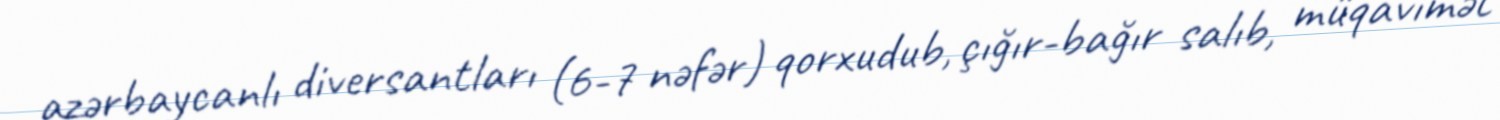
azərbaycanlı diversantları (6-7 nəfər) qorxudub, çığır-bağır salıb, müqavimət